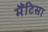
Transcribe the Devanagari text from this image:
मैंटिसा